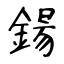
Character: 鍚